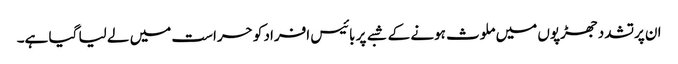
ان پرتشدد جھڑپوں میں ملوث ہونے کے شبے پر بائیس افراد کو حراست میں لے لیا گیا ہے۔